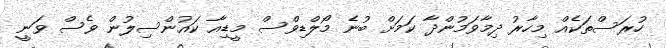
ހުރަސްތަކެއް މިހާރު ދިމާވަމުންދާ ކަމަށް ބުނެ މޯލްޑިވްސް މީޑިއާ ކައުންސިލުން ވެސް ވަނީ